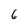
Character: 6